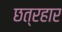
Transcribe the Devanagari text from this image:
छत्रहार